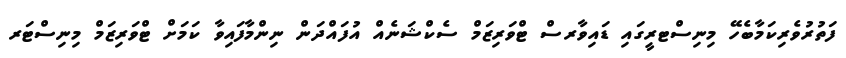
ފަތުރުވެރިކަމާބެހޭ މިނިސްޓރީގައި ޑައިވާރސް ޓްވަރިޒަމް ސެކްޝަނެއް އުފައްދަން ނިންމާފައިވާ ކަމަށް ޓްވަރިޒަމް މިނިސްޓަރ